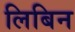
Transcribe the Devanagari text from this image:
लिबिन